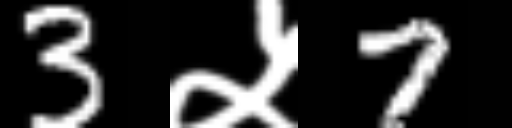
Text: 3५7